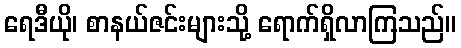
ရေဒီယို၊ စာနယ်ဇင်းများသို့ ရောက်ရှိလာကြသည်။